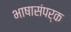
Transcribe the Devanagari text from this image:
भाषासंपर्क